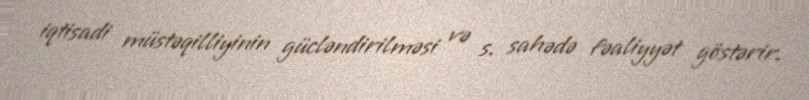
iqtisadi müstəqilliyinin gücləndirilməsi və s. sahədə fəaliyyət göstərir.